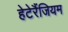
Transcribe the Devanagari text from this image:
हेटेरैंजियम